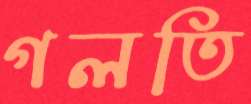
গলতি